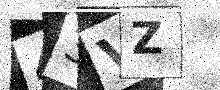
Text: 43VZ